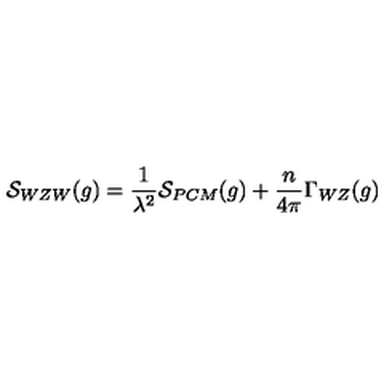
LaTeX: { \cal S } _ { W Z W } ( g ) = { \frac { 1 } { \lambda ^ { 2 } } } { \cal S } _ { P C M } ( g ) + { \frac { n } { 4 \pi } } \Gamma _ { W Z } ( g )